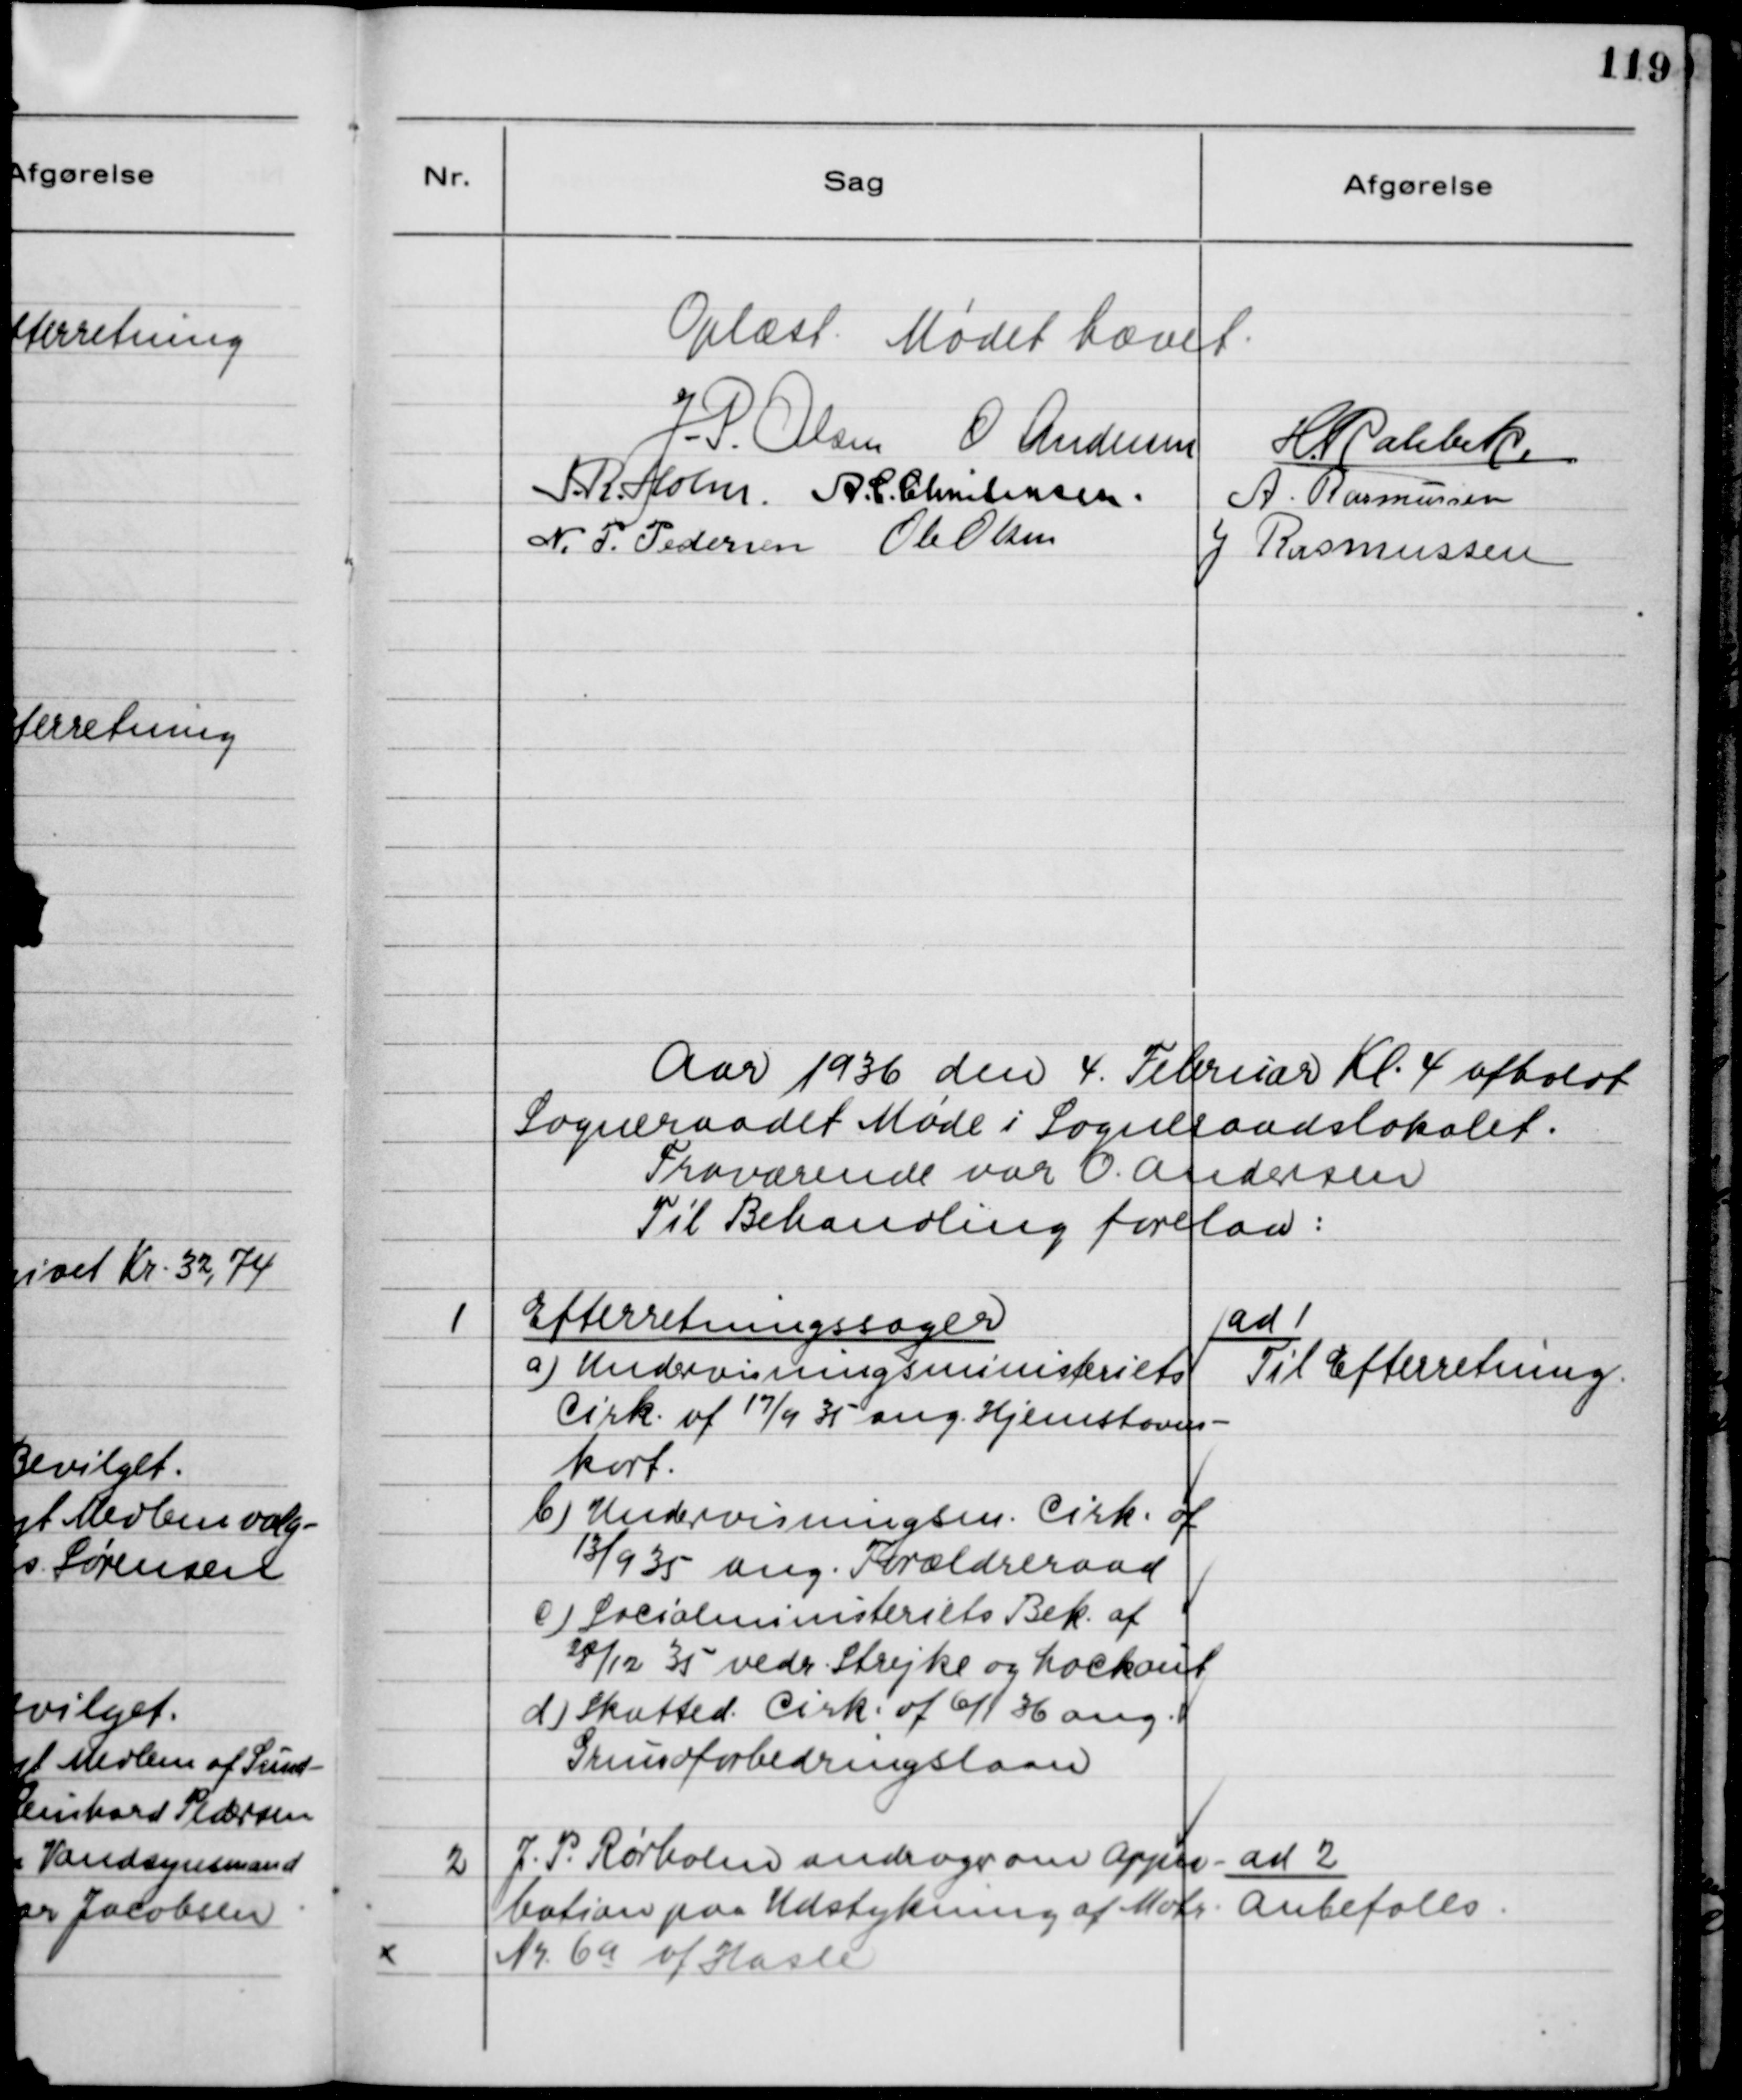
Transskription:
Oplæst Mødet hævet.
J.P. Olsen
O. Andersen
H. Rahbek
J.R. Holm
A.C. Christensen
A. Rasmussen
N.P. Pedersen
Ole Olsen
J Rasmussen
Aar 1936 den 4. Februar Kl. 4 afholdt
Sogneraadet Møde i Sogneraadslokalet.
Fraværende var O. Andersen
Til Behandling forelaa:
1
Efterretningssager
a) Undervisningsministeriets
Cirk. af 17/4 35 ang Hjemstavns-
kort.
b) Undervisningsm. Cirk. af
13/9 35 ang. Forældreraad
c) Socialministeriets Bek. af
28/12 35 vedr. Strejke og Lockout
d) Skatted. Cirk. af 6/1 36 ang.
Grundforbedringslaan.
ad 1
Til Efterretning.
2
J.P. Rørholm andrager om Appro-
bation paa Udstykning af Matr.
Nr. 69 af Hasle.
ad 2
Anbefales.